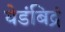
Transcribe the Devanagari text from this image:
येडंबिद्रं